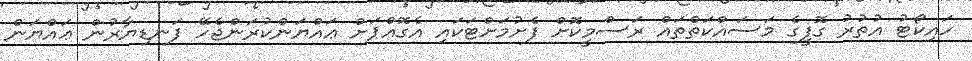
ހައިކޯޓު އުތުރު ގޮފީގެ މަސައްކަތްތައް ރަސްމީކޮށް ފެށުމަށްޓަކައި އެގޮއްޕަށް ޢައްޔަންކުރަންޖެހޭ ފަނޑިޔާރުން ޢައްޔަން